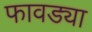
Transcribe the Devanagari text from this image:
फावड्या